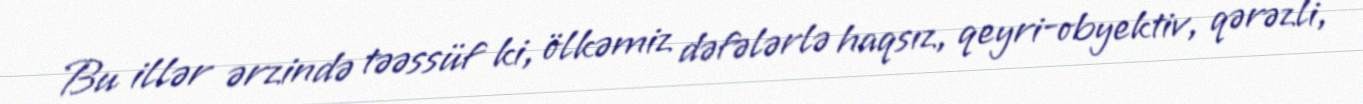
Bu illər ərzində təəssüf ki, ölkəmiz dəfələrlə haqsız, qeyri-obyektiv, qərəzli,